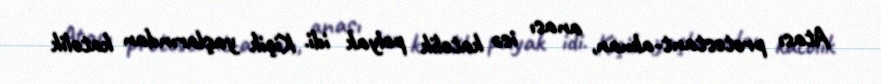
Atası protestant-alman, anası isə katolik polyak idi. Kiçik yaşlarından katolik